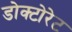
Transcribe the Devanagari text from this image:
डोक्टोरेट